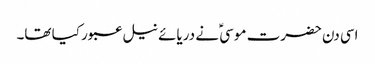
اسی دن حضرت موسیؑ نے دریائے نیل عبور کیا تھا۔